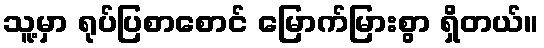
သူ့မှာ ရုပ်ပြစာစောင် မြောက်မြားစွာ ရှိတယ်။